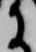
に